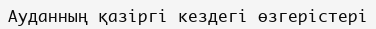
Ауданның қазіргі кездегі өзгерістері